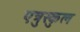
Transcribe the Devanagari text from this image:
एत्रुस्कुल